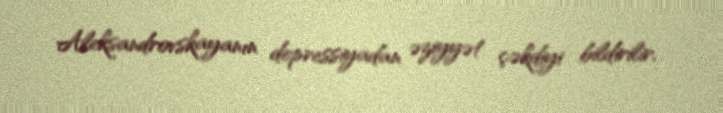
Aleksandrovskayanın depressiyadan əziyyət çəkdiyi bildirilir.